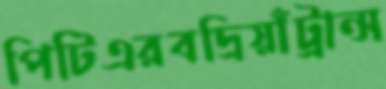
পিটিএরবদ্রিয়াঁট্রান্স